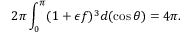
2 \pi \int _ { 0 } ^ { \pi } ( 1 + \epsilon f ) ^ { 3 } d ( \cos \theta ) = 4 \pi .